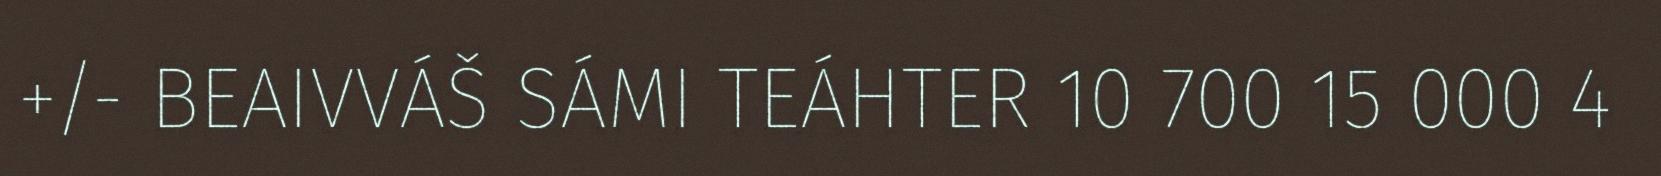
+/- BEAIVVÁŠ SÁMI TEÁHTER 10 700 15 000 4